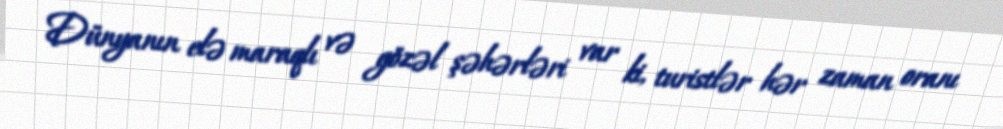
Dünyanın elə maraqlı və gözəl şəhərləri var ki, turistlər hər zaman oranı